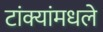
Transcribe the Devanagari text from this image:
टांक्यांमधले